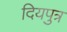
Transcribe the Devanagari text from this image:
दियपुत्र